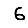
Digit: 6